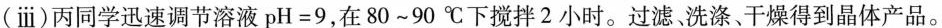
(ⅲ)丙同学迅速调节溶液pH=9，在80~90℃下搅拌2小时。过滤。洗涤、干燥得到晶体产品。